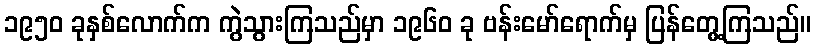
၁၉၅၀ ခုနှစ်လောက်က ကွဲသွားကြသည်မှာ ၁၉၆၀ ခု ဗန်းမော်ရောက်မှ ပြန်တွေ့ကြသည်။